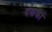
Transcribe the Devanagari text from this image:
दशकां